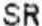
SR